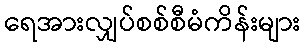
ရေအားလျှပ်စစ်စီမံကိန်းများ